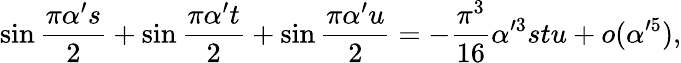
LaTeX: \sin{\frac{\pi\alpha^{\prime}s}{2}}+\sin{\frac{\pi\alpha^{\prime}t}{2}}+\sin{\frac{\pi\alpha^{\prime}u}{2}}=-{\frac{\pi^{3}}{16}}\alpha^{\prime 3}stu+o(\alpha^{\prime 5}),